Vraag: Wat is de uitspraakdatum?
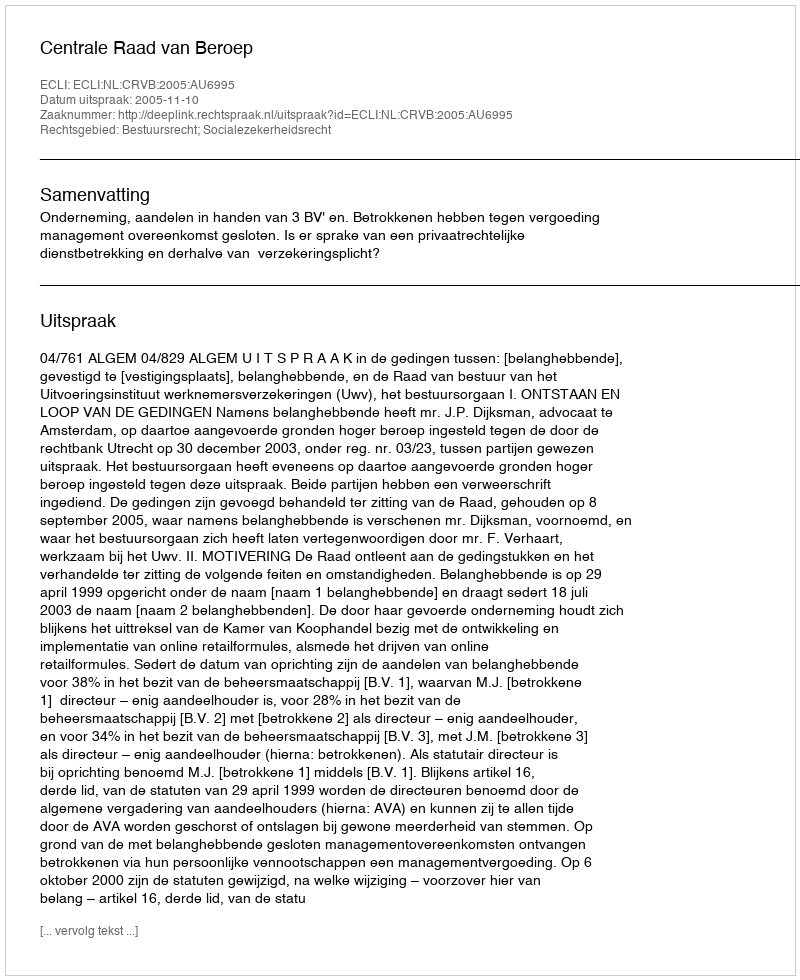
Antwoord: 2005-11-10